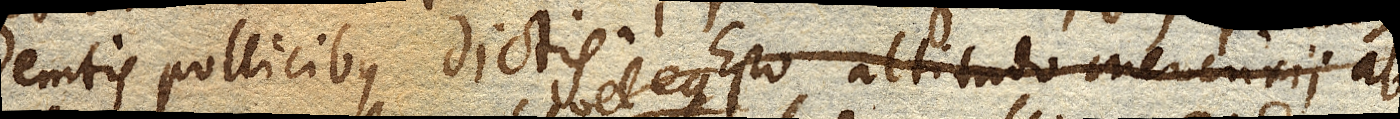
demtis pollicibus dictis. Esto altitudo mercurii ab